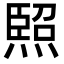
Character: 𭵳